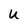
Character: U